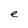
Character: e